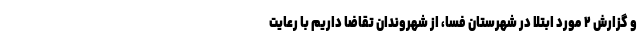
و گزارش ۲ مورد ابتلا در شهرستان فسا، از شهروندان تقاضا داریم با رعایت